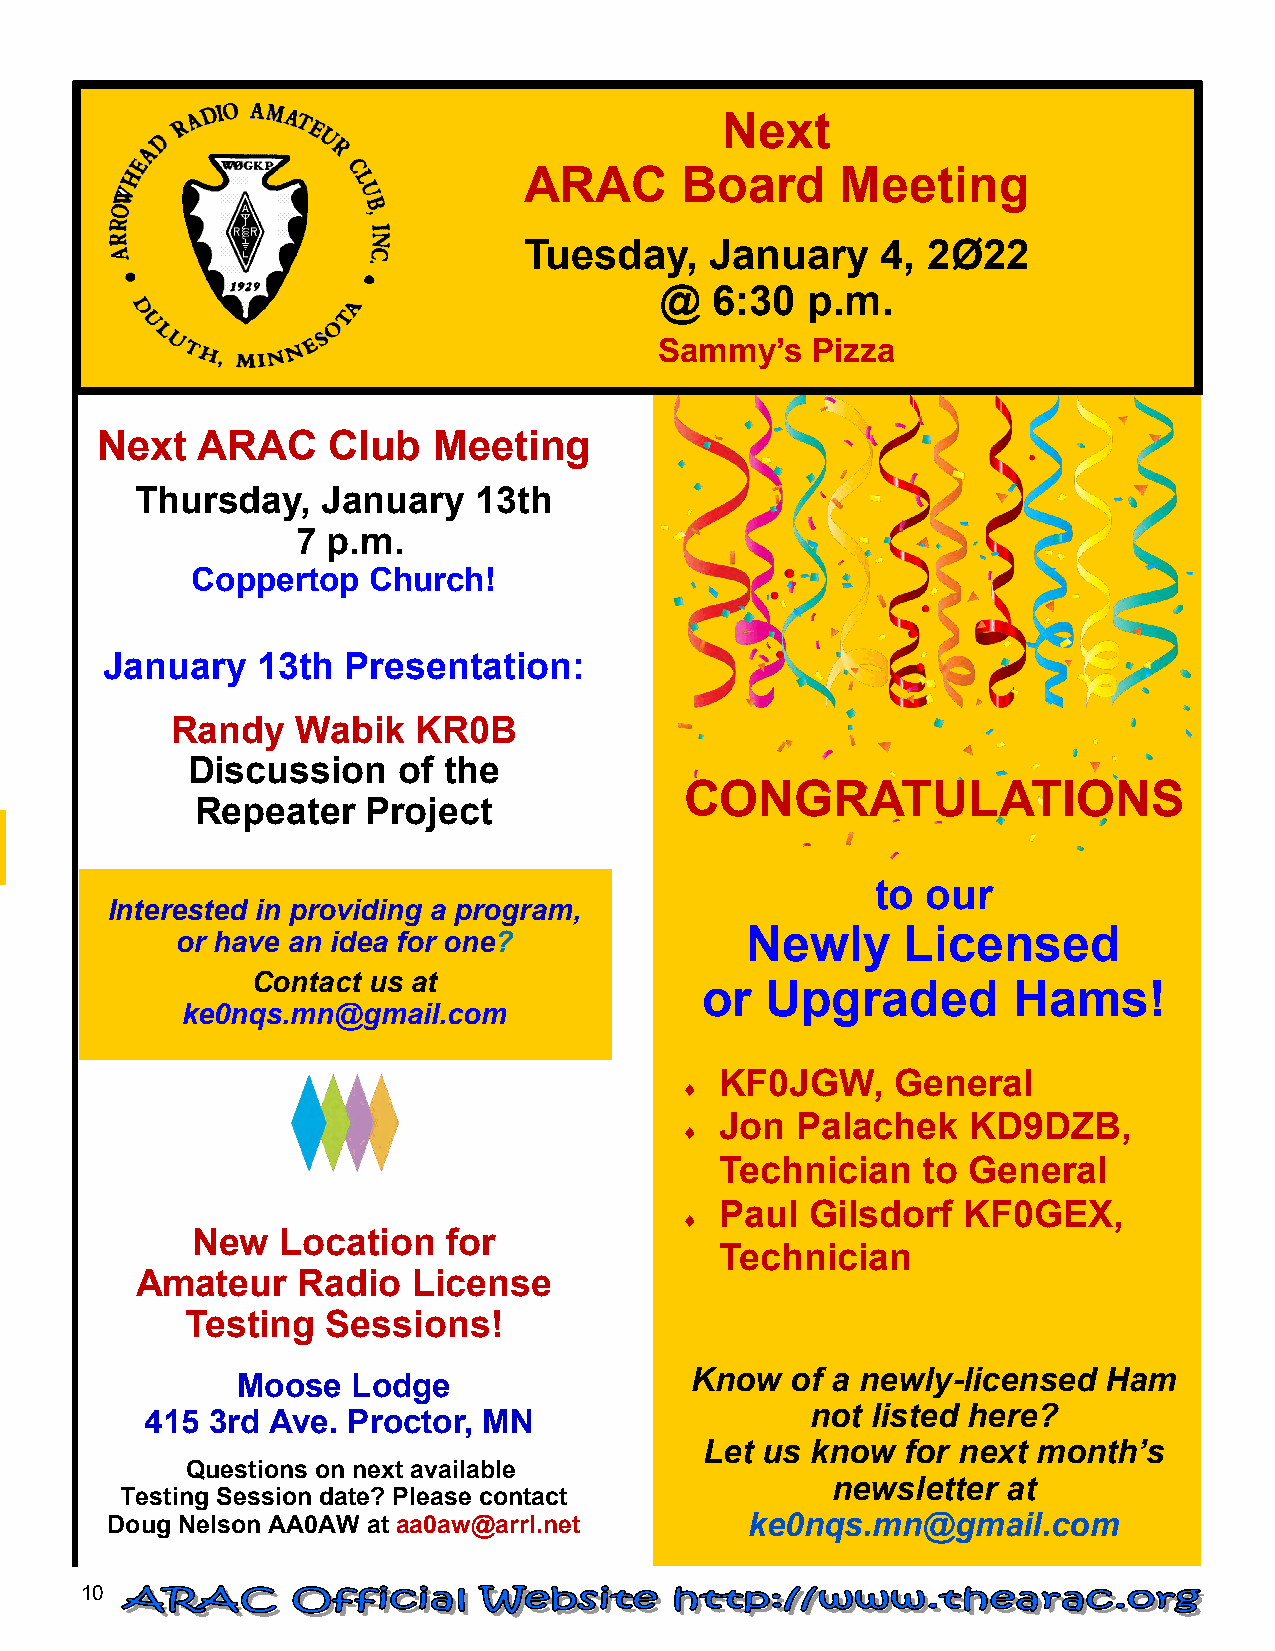
Next
 ARAC      Board      Meeting
 Tuesday,    January    4, 2Ø22
 @  6:30  p.m.
 Sammy’s   Pizza
 Next   ARAC     Club   Meeting
 Thursday,   January    13th
 7 p . m.
 Coppertop  Church!
 January   13th  Presentation:
 Randy    Wabik  KR0B
 Discussion    of the
 CONGRATULATIONS
 Repeate   r Project
 to our
 Interested in pro viding a program,
 Newly      Licensed
 or have an i d ea for one?
 Contac t us at
 or   Upgraded        Hams!
 ke0nqs.mn@  gmail.com
 KF0JGW,    General
 
 Jon  Palachek   KD9DZB,
 
 Technician   to General
 Paul  Gilsdorf  KF0GEX,
 
 New   Location   for
 Technician
 Amateur    Radio  License
 Testing   Sessions!
 Know  of a newly-licensed  Ham
 Moose  Lodge
 not listed here?
 415 3rd Ave. Proctor, MN
 Let us know  for next month’s
 Questions on next available
 newsletter  at
 Testing Session date? Please contact
 Doug Nelson AA0AW at aa0aw@arrl.net        ke0nqs.mn@gmail.com
 10